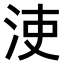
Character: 𣳪